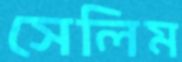
সেলিম